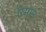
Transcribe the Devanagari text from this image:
रिमान